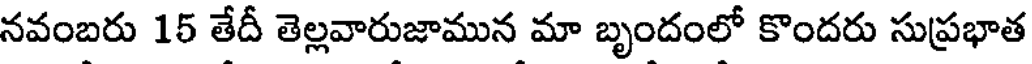
నవంబరు 15 తేదీ తెల్లవారుజామున మా బృందంలో కొందరు సుప్రభాత